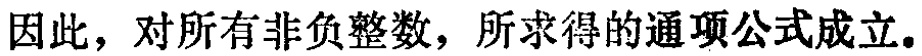
因此，对所有非负整数，所求得的通项公式成立。